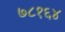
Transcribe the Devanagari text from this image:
७८१६४